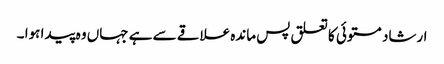
ارشاد مستوئی کا تعلق پس ماندہ علاقے سے ہے جہاں وہ پیدا ہوا ۔